Document type: Recognition
Year: 1437
Scribe: Pere Ponçgem
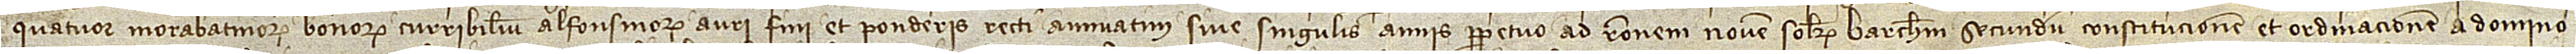
quatuor morabatinorum bonorum curribilium alfonsinorum auri fini et ponderis recti annuatiam sive singulis annis perpetuo, ad rationem novem solidorum barchinonensium secundum constitucionem et ordinacionem a domino